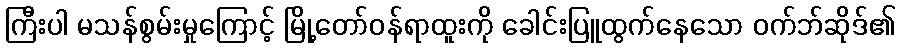
ကြီးပါ မသန်စွမ်းမှုကြောင့် မြို့တော်ဝန်ရာထူးကို ခေါင်းပြူထွက်နေသော ဝက်ဘ်ဆိုဒ်၏